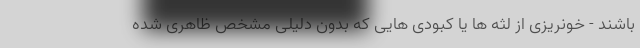
باشند - خونریزی از لثه ها یا کبودی هایی که بدون دلیلی مشخص ظاهری شده